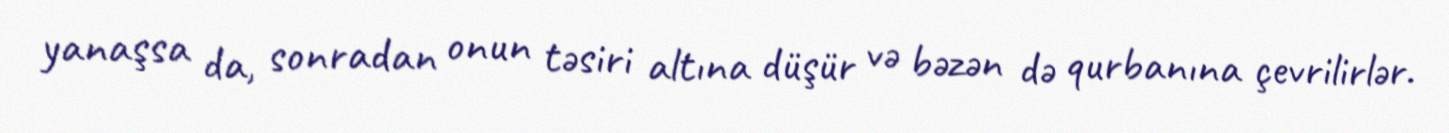
yanaşsa da, sonradan onun təsiri altına düşür və bəzən də qurbanına çevrilirlər.